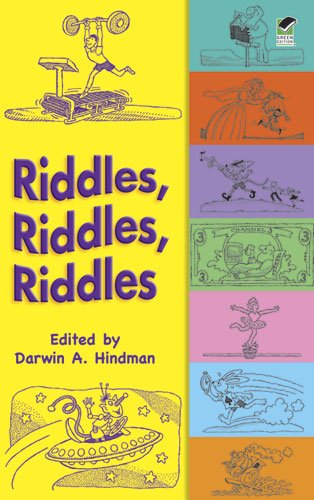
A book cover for Riddles, Riddles, Riddles (Dover Children's Activity Books); Humor & Entertainment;